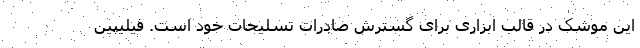
این موشک در قالب ابزاری برای گسترش صادرات تسلیحات خود است. فیلیپین